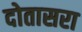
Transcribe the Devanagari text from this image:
दोतासरा